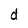
Character: d